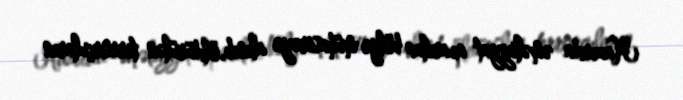
Hazırda əməliyyat aparılan bölgə mühasirəyə alınıb, öldürülən terrorçuların